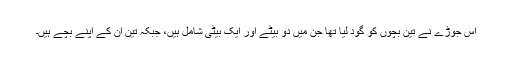
اس جوڑے نے تین بچوں کو گود لیا تھا جن میں دو بیٹے اور ایک بیٹی شامل ہیں، جبکہ تین ان کے اپنے بچے ہیں۔